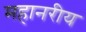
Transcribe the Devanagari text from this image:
महानरीय